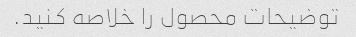
توضیحات محصول را خلاصه کنید.